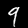
Digit: 9